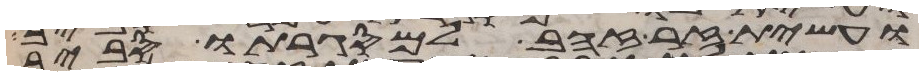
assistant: ועשית זר זהב למסגרתו סביב